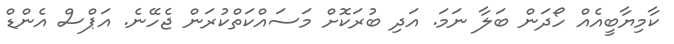
ކާމިޔާބީއެއް ހޯދަން ބަލާ ނަަމަ. އަދި ބުރަކޮށް މަސައްކަތްކުރަން ޖެހޭނެ. އަޕްސް އެންޑް